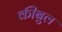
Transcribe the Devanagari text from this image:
कीबुल